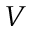
V